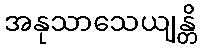
အနုသာသေယျန္တိ